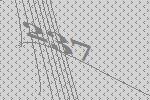
237